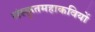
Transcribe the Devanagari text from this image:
संस्कृतमहाकवियों